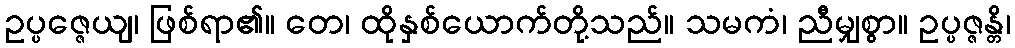
ဥပ္ပဇ္ဇေယျ၊ ဖြစ်ရာ၏။ တေ၊ ထိုနှစ်ယောက်တို့သည်။ သမကံ၊ ညီမျှစွာ။ ဥပ္ပဇ္ဇန္တိ၊